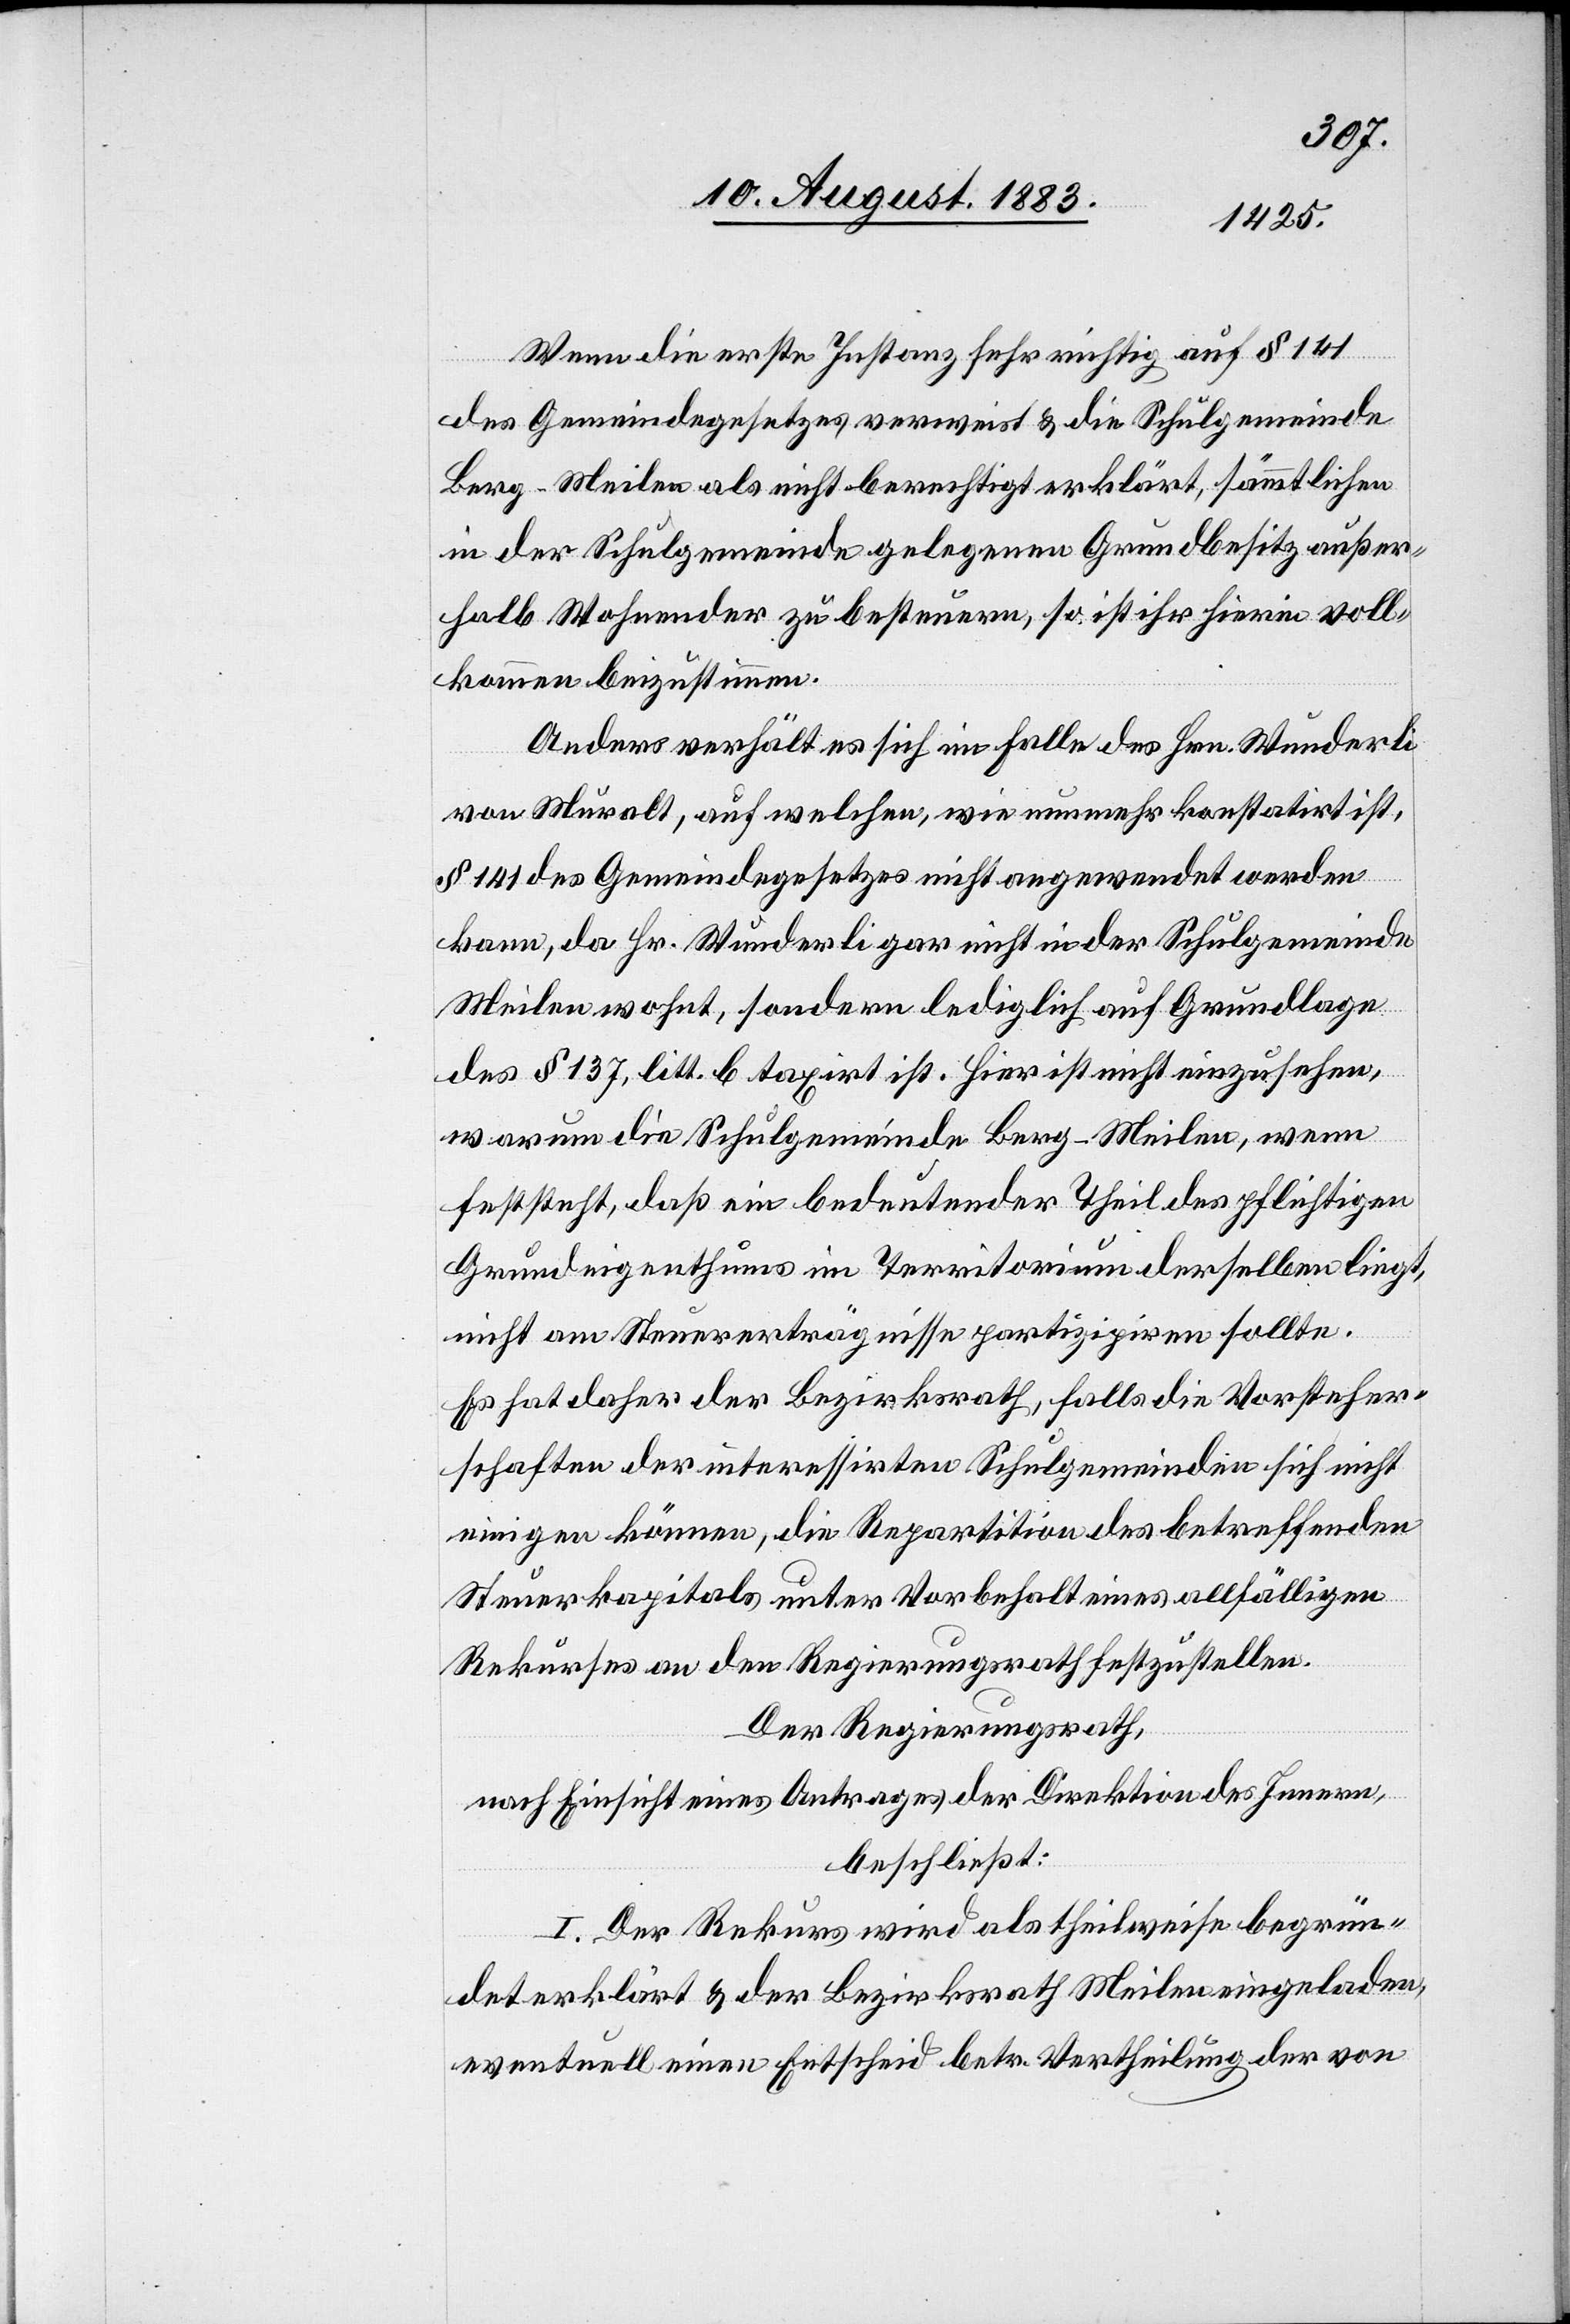
Wenn die erste Instanz sehr richtig auf § 141
des Gemeindegesetzes verweist & die Schulgemeinde
Berg - Meilen als nicht berechtigt erklärt, sämmtlichen
in der Schulgemeinde gelegenen Grundbesitz außer¬
halb Wohnender zu besteuern, so ist ihr hierin voll¬
kommen beizustimmen.
Anders verhält es sich im Falle des Hrn. Wunderli
von Muralt, auf welchen, wie nunmehr konstatirt ist,
§ 141 des Gemeindegesetzes nicht angewendet werden
kann, da Hr. Wunderli gar nicht in der Schulgemeinde
Meilen wohnt, sondern lediglich auf Grundlage
des § 137, litt. b taxirt ist. Hier ist nicht einzusehen,
warum die Schulgemeinde Berg - Meilen, wenn
feststeht, daß ein bedeutender Theil des pflichtigen
Grundeigenthums im Territorium derselben liegt,
nicht am Steuererträgnisse partizipiren sollte.
Es hat daher der Bezirksrath, falls die Vorsteher¬
schaften der interessirten Schulgemeinden sich nicht
einigen können, die Reparation des betreffenden
Steuerkapitals unter Vorbehalt eines allfälligen
Rekurses an den Regierungsrath festzustellen.
Der Regierungsrath,
nach Einsicht eines Antrages der Direktion des Innern,
beschließt:
I. Der Rekurs wird als theilweise begrün¬
det erklärt & der Bezirksrath Meilen eingeladen,
eventuell einen Entscheid betr. Vertheilung der